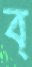
ব্